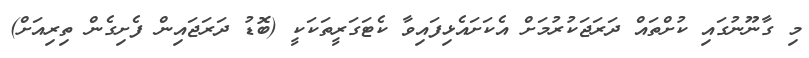
މި ގާނޫނުގައި ކުށްތައް ދަރަޖަކުރުމަށް އެކަށައެޅިފައިވާ ކެޓަގަރީތަކަކީ (ބޮޑު ދަރަޖައިން ފެށިގެން ތިރިއަށް)